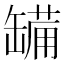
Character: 𮉷